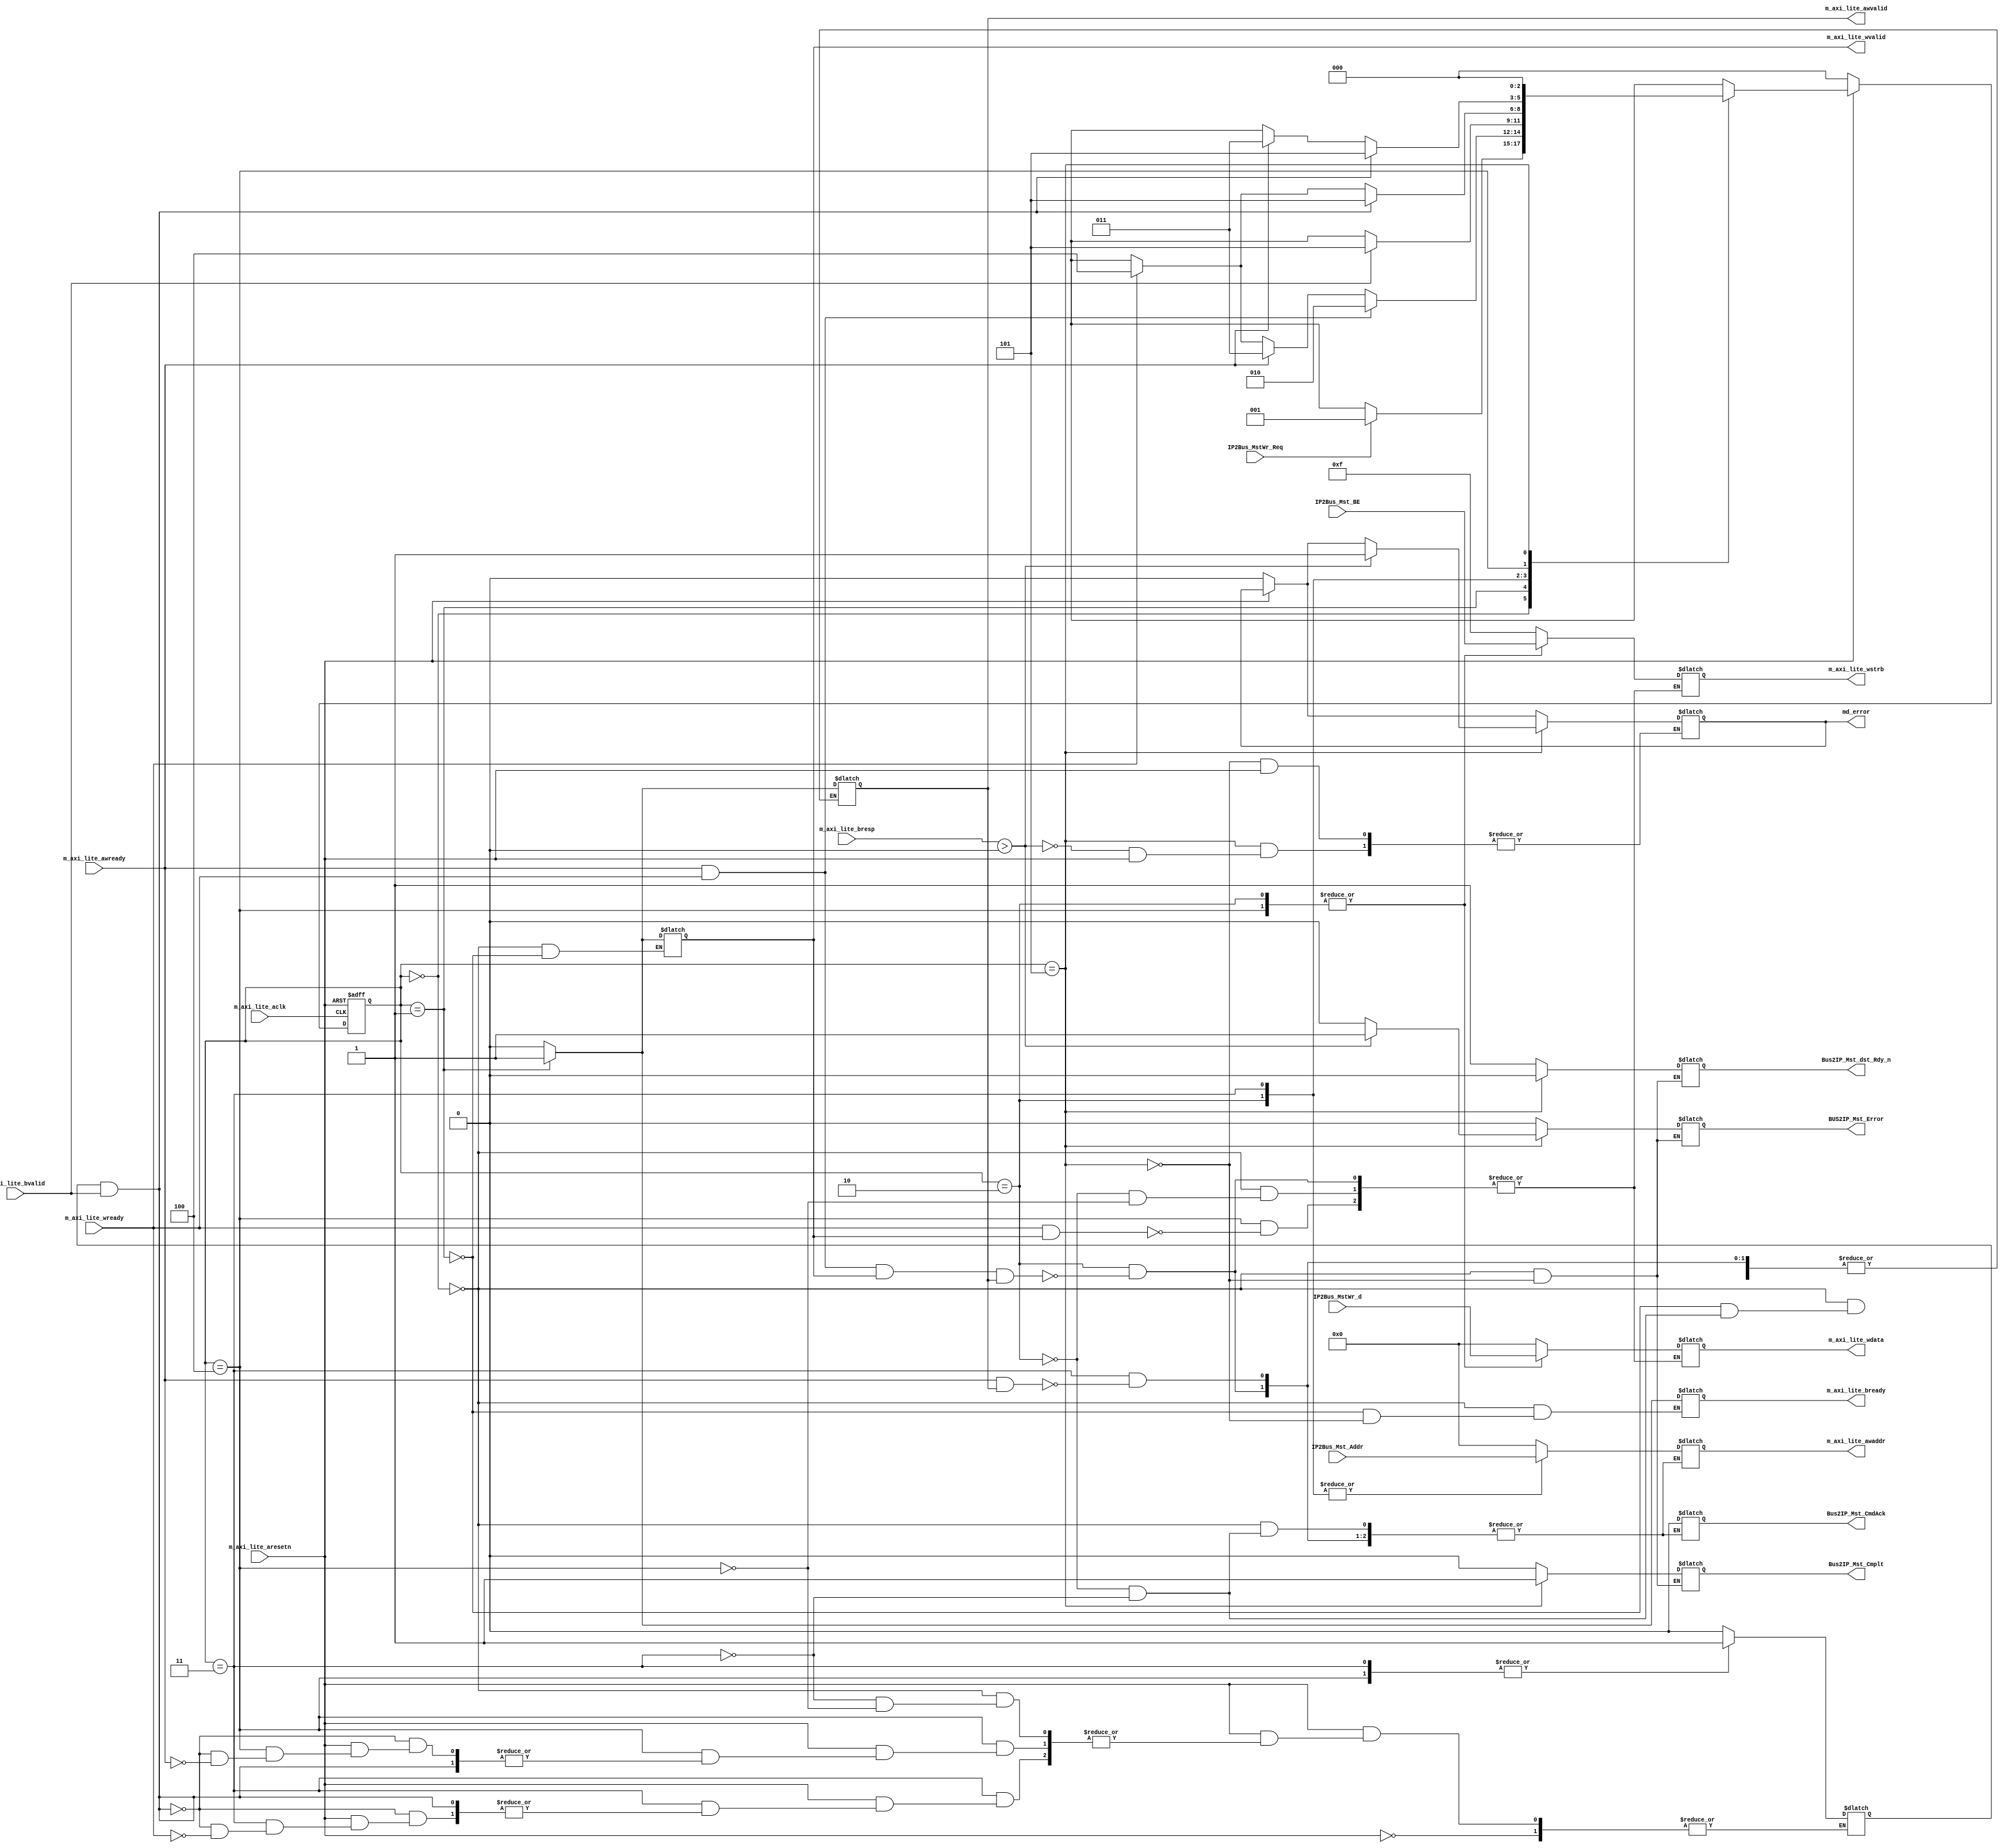


module wrt_controller #(parameter n=32) (
                        
//Master to Slave
     output reg [n-1:0] m_axi_lite_awaddr, //address--> ouput from master to slave
     output reg m_axi_lite_awvalid, //valid signal generate by master to slave
     output reg [n-1:0]m_axi_lite_wdata, //data --> master to slave--through IP
     output reg m_axi_lite_wvalid, // valid signal generated by master to slave for writing data from slave
     output reg [(n/8)-1:0]m_axi_lite_wstrb, //strobe from master to slave --> through IP
     output reg m_axi_lite_bready, //ready signal from master to slave -- for getting response signal

// Master to IP

     output reg Bus2IP_Mst_CmdAck, //acknowledge signal from master to IP after succesfully reading address
     output reg Bus2IP_Mst_Cmplt, //From Master to IP , When data is fetched
     output reg Bus2IP_Mst_dst_Rdy_n, //Active low , generated from master to IP,indicating data asserted on bus is valid
     output reg md_error, //Active high master detected error output discrete 
     output reg BUS2IP_Mst_Error, 
     input m_axi_lite_aclk, //IP to master
     input m_axi_lite_aresetn, //active low reset IP to master
 
//IP to Master
     input IP2Bus_MstWr_Req, //write request from IP to Master
     input [n-1:0] IP2Bus_Mst_Addr, //address for both read and write IP to master
     input [n-1:0] IP2Bus_MstWr_d, //write data from ip to bus
     input [(n/8)-1:0]IP2Bus_Mst_BE, // strobe signal from ip to bus

//Slave to Master
     input m_axi_lite_awready, //ip==> Ready signal generated to get data from  master
     input m_axi_lite_wready, //ip==> ready signal generated to get data from master
     input m_axi_lite_bvalid, // valid response signal from slave to master for transferring response signal to master 
     input [1:0]m_axi_lite_bresp   //from slave to master to known that was operation OK or not
     );

     reg [2:0] present_state,next_state;          // registers of present_state and next state of FSM
     reg x;    // 0 when witing of data and address done at sametime 
               //means x will be 0 when master receives m_axi_lite_wready and m_axi_lite_awready same posedge of clk
               //x will be one if write of addr and writing of data done consecutively 

     // s0 to s5 are states of FSM 
   // To know more about FSM see Project Document
     parameter s0=3'b000;
     parameter s1=3'b001;
     parameter s2=3'b010;
     parameter s3=3'b011;
     parameter s4=3'b100;
     parameter s5=3'b101;

     always @ (posedge m_axi_lite_aclk , negedge m_axi_lite_aresetn)  begin 
          
          //On negedge of reset
          if (!m_axi_lite_aresetn)
            present_state<=s0;
          //On posedge of clk operation
          else 
            present_state<=next_state;         // Sequential part that every FSM has
     end
               
          // combinational part of FSM 
          // To calculate next state logic
     always @* begin
          //taken function that gives next state logic 
          next_state = next_state_logic_f (present_state,
                              m_axi_lite_aresetn,
                              IP2Bus_MstWr_Req,
                              m_axi_lite_awready,
                              m_axi_lite_wready,
                              m_axi_lite_bvalid);
     end
               
//---------------------------------------------- OUTPUT LOGIC ---------------------------------------------- 
               //----------------------------- A combinational Part----------------------------              
     always @* begin
             if (!m_axi_lite_aresetn)
               md_error<=0;

          case (present_state)          
               s0 : begin
                    m_axi_lite_bready<=0;
                    m_axi_lite_awvalid<=0;
                    m_axi_lite_wvalid<=0;
                    m_axi_lite_wstrb<=4'hF;
                    m_axi_lite_awaddr<=0;
                    Bus2IP_Mst_CmdAck<=0;
                    Bus2IP_Mst_Cmplt<=0;
                    BUS2IP_Mst_Error<=0;
                    m_axi_lite_wdata<=0;
                    Bus2IP_Mst_dst_Rdy_n<=1;      //this has default logic 1
                    //x<=0;                         
               end

               s1 : begin
                    m_axi_lite_awvalid<=1;        // To handshake from master to write address
                    m_axi_lite_wvalid<=1;         // To handshake from master to write data
                    m_axi_lite_bready<=1;         // To handshake from master to receive write response 
               end

               s2 : begin
                     if (m_axi_lite_awready & m_axi_lite_wready & m_axi_lite_wvalid & m_axi_lite_awvalid) begin
                       // if slave is ready to for both handshake to write
                              // data and address simultaneously   
                         m_axi_lite_awaddr <= IP2Bus_Mst_Addr;     //pass address to axi which usr given to master 
                         m_axi_lite_wstrb <= IP2Bus_Mst_BE;        //pass byte enable to axi which usr given to master  
                         m_axi_lite_wdata <= IP2Bus_MstWr_d;          //pass data to axi which usr given to master 
                         Bus2IP_Mst_CmdAck<=1;            //Give acknowledgement to user that adderess dumped in slave
                         m_axi_lite_awvalid<=0;                  // make awvalid logic 0 as address passed
                         //@ (posedge m_axi_lite_aclk);            // wait for 1 clk cycle to make acknowledgement to 0
                         Bus2IP_Mst_CmdAck<=0;
                    end
               end     

               s3 : begin
                    // when slave is ready for address to write
                    if (m_axi_lite_awready && m_axi_lite_awvalid ) begin
                         m_axi_lite_awaddr <= IP2Bus_Mst_Addr;        // passing address to AXI BUS
                         Bus2IP_Mst_CmdAck<=1;           // Give acknowledgement to user that adderess dumped in slave
                         m_axi_lite_awvalid<=0;                 // make awvalid logic 0 as address passed
                         //@ (posedge m_axi_lite_aclk);           // wait for 1 clk cycle to make acknowledgement to 0
                         Bus2IP_Mst_CmdAck<=0;
                    end
               end

               s4 : begin
                    // when slave is ready for data to write
                    if (m_axi_lite_wready && m_axi_lite_wvalid ) begin
                         m_axi_lite_wstrb <= IP2Bus_Mst_BE; // Pass strobe value acording to user given Byte_Enable BE
                         m_axi_lite_wdata <= IP2Bus_MstWr_d;        // Pass Data to AXI which user given to master 
                    end
               end 

               s5 : begin
                         
                    if(m_axi_lite_bresp>0)begin                //if bresp>0 means error occurred during operation
                         BUS2IP_Mst_Error<=1;                  // This will indicate that error in this operation a
                         md_error<=1;             // This will indicate error that occurred in this or any 
                                                  // previous operations which performe after 0 reset
                                                  // This md_error will indicate error by 1 untill reset goes to 0
                    end
                    else  BUS2IP_Mst_Error<=0;

                    m_axi_lite_bready<=0;                             // after getting response make bready 0
                    Bus2IP_Mst_Cmplt<=1;                              // acknowledge the user that write operation has performed
                    Bus2IP_Mst_dst_Rdy_n<=0;                          // destination ready to indicate the data 
               end
          endcase

               
     end

//-----------------------------------------------------------------------------------------------------------------



//---------------------------------------- NEXT STATE LOGIC -------------------------------------------
     function [2:0] next_state_logic_f;
          input [2:0] present_state;
          input m_axi_lite_aresetn,IP2Bus_MstWr_Req,m_axi_lite_awready,m_axi_lite_wready,m_axi_lite_bvalid;
          begin
          if (!m_axi_lite_aresetn)
               next_state_logic_f=s0;

          else begin      
          case (present_state)
               s0: begin
                    x=0;
                    if (!m_axi_lite_aresetn)
                         next_state_logic_f = s0;
                    else if (IP2Bus_MstWr_Req)
                         next_state_logic_f = s1;
               end
                    
               s1: begin
                    // if slave is ready to for both handshake to write
                            // data and address simultaneously   
                    if (m_axi_lite_awready & m_axi_lite_wready) begin
                         next_state_logic_f = s2;
                    end

                    // if slave is ready for handshake to write address only
                    else if (m_axi_lite_awready) begin
                         next_state_logic_f = s3;
                    end
                    
                    // if slave is ready for handshake to write data only
                    else if (m_axi_lite_wready) begin
                         next_state_logic_f = s4;
                    end
               end              

               s2: begin
                    // if slave is ready to send the response of write operation
                    if (m_axi_lite_bvalid) begin
                         next_state_logic_f = s5;
                    end
               end

               s3: begin

                    // if slave is ready to send the response of write operation
                    // check x==1 to avoid master to go in final stage with by writing address and not data
                    if ((x==1) && (m_axi_lite_bvalid)) begin
                         next_state_logic_f = s5;
                    end 
                    // after writing address if slave is ready for handshake to write data
                    else if (m_axi_lite_wready) begin
                         x=1;           //By this master will able to receive response as 
                                        //it performed both writting of data and address
                         next_state_logic_f = s4;
                    end
               end

               s4: begin

                    // if slave is ready to send the response of write operation
                    // check x==1 to avoid master to go in final stage with by writing data and not address
                    if ((x==1) && (m_axi_lite_bvalid)) begin
                         next_state_logic_f = s5;
                    end 
                    // after writing address if slave is ready for handshake to write address
                    else if (m_axi_lite_awready) begin
                         x=1;           //By this master will able to receive response as 
                                        //it performed both writting of data and address
                         next_state_logic_f = s3;
                    end
               end

               s5 : begin
                    // Once response received by master move to state s0 and
                    // wait for new read and write requests
                    next_state_logic_f = s0;
               end

          endcase
          end
          end
     endfunction
//-------------------------------------------------------------------------------------------------------------
endmodule